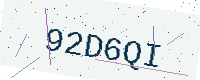
Text: 92D6QI